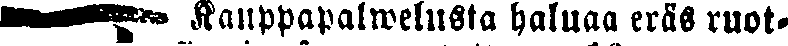
☛ Kauppapalwelusta haluaa eräs ruot-